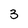
Character: 3